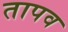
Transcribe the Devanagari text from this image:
तापव